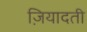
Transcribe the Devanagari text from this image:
ज़ियादती